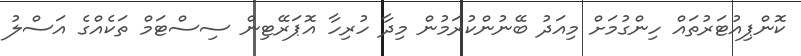
ކޮންޕިއުޓަރުތައް ހިންގުމަށް މިއަދު ބޭނުންކުރަމުން މިދާ ހުރިހާ އޮޕަރޭޓިން ސިސްޓަމް ތަކެއްގެ އަސްލު